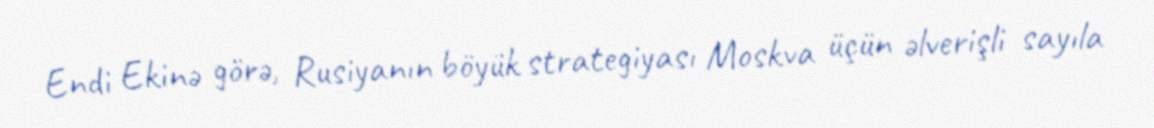
Endi Ekinə görə, Rusiyanın böyük strategiyası Moskva üçün əlverişli sayıla